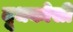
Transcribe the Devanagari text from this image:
दूधकोसी